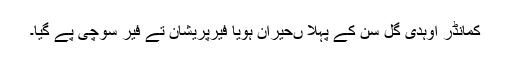
کمانڈر اوہدی گل سن کے پہلا ںحیران ہویا فیرپریشان تے فیر سوچی پے گیا۔